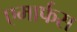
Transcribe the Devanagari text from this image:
एमार्फस